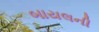
બાયલની